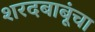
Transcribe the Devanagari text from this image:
शरदबाबूंचा